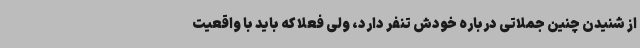
از شنیدن چنین جملاتی درباره خودش تنفر دارد، ولی فعلا که باید با واقعیت